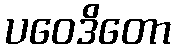
ပဝေဒိတော